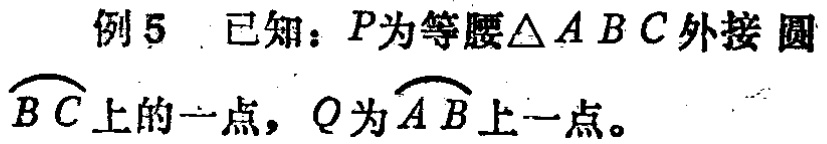
例5 已知：\(P\)为等腰\(\triangle ABC\)外接圆\(\overset{\frown}{BC}\)上的一点，\(Q\)为\(\overset{\frown}{AB}\)上一点。